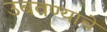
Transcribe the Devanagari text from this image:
उबवण्याचे